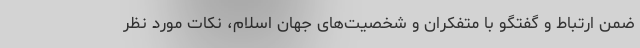
ضمن ارتباط و گفتگو با متفکران و شخصیت‌های جهان اسلام‌، نکات مورد نظر